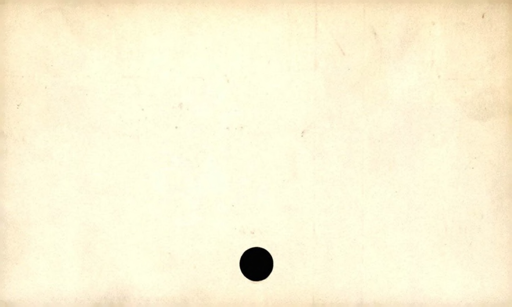
Label: blank